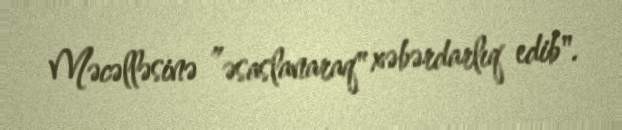
Məcəlləsinə ”əsaslanaraq" xəbərdarlıq edib".